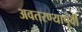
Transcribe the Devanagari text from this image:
अवतरण्यापूर्वी